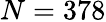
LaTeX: N=378